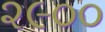
૨૯૦૦